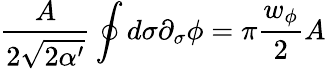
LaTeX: \frac{A}{2\sqrt{2\alpha^{\prime}}}\oint d\sigma\partial_{\sigma}\phi=\pi\frac{w_{\phi}}{2}A